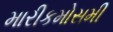
મારીકમોસમી